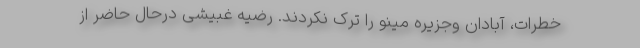
خطرات، آبادان وجزیره مینو را ترک نکردند. رضیه غبیشی درحال حاضر از